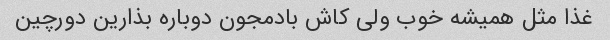
غذا مثل همیشه خوب ولی کاش بادمجون دوباره بذارین دورچین